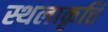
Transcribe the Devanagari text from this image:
स्थलाकृत्ति